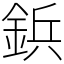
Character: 鋲